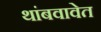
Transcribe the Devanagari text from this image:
थांबवावेत